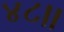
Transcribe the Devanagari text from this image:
४८।।